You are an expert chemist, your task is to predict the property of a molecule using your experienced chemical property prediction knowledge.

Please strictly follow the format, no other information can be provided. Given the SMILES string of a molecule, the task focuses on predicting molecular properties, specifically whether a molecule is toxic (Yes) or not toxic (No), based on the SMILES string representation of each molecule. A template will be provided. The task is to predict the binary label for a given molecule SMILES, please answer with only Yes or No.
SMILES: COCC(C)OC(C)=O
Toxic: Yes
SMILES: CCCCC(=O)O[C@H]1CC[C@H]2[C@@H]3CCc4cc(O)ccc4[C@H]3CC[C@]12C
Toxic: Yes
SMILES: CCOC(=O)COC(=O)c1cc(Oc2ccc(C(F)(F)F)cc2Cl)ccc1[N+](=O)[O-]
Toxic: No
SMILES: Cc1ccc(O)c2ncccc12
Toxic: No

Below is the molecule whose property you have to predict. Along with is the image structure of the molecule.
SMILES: CC(Cc1ccccc1)NCCCCl
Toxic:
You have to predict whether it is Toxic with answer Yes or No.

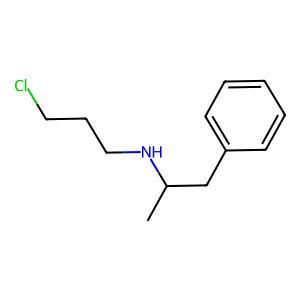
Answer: No